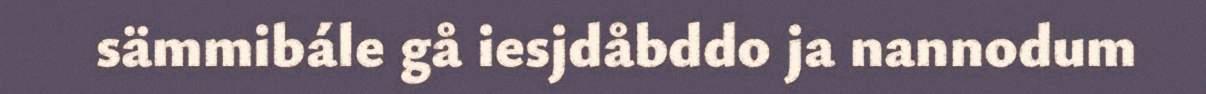
sämmibále gå iesjdåbddo ja nannodum